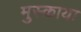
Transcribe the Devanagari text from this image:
मुस्काया